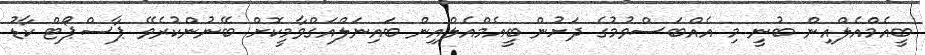
ބީއެމްއެލްއިން ބުނީ މި އެއްބަސްވުމުގެ ދަށުން ބީއެމްއެލްއިން ބައިނަލްއަގްވާމީކޮށް ބޭނުންކުރެވޭ ޕާސްޕޯޓް ކާޑު